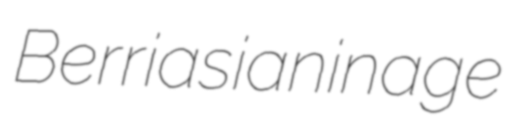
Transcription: Berriasian in age